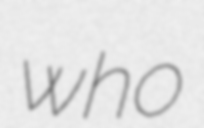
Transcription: who